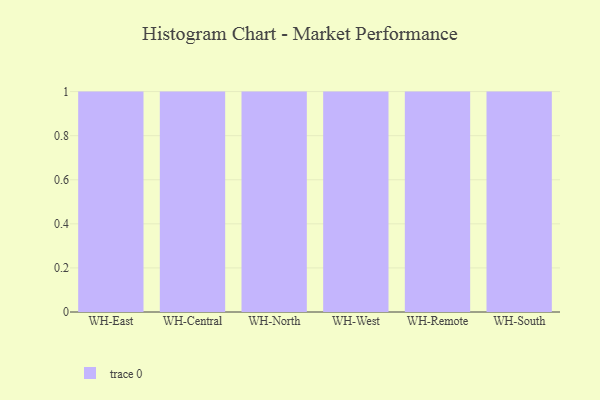
{"axis": {"x": "Warehouse", "y": "Page Views"}, "legend": [""], "data": [{"x": "WH-East", "y": 64, "type": ""}, {"x": "WH-Central", "y": 75, "type": ""}, {"x": "WH-North", "y": 91, "type": ""}, {"x": "WH-West", "y": 87, "type": ""}, {"x": "WH-Remote", "y": 33, "type": ""}, {"x": "WH-South", "y": 16, "type": ""}]}